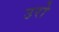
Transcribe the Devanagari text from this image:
उरो